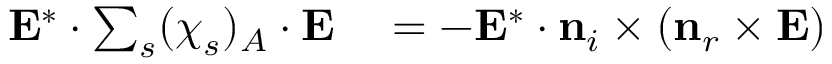
\begin{array} { r l } { \mathbf { E } ^ { * } \cdot \sum _ { s } ( \boldsymbol { \chi } _ { s } ) _ { A } \cdot \mathbf { E } } & { { } = - \mathbf { E } ^ { * } \cdot \mathbf { n } _ { i } \times \left( \mathbf { n } _ { r } \times \mathbf { E } \right) } \end{array}